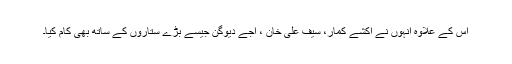
اس کے علاوہ انہوں نے اکشے کمار، سیف علی خان ، اجے دیوگن جیسے بڑے ستاروں کے ساتھ بھی کام کیا۔